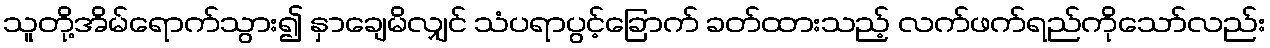
သူတို့အိမ်ရောက်သွား၍ နှာချေမိလျှင် သံပရာပွင့်ခြောက် ခတ်ထားသည့် လက်ဖက်ရည်ကိုသော်လည်း